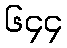
၆၄၄